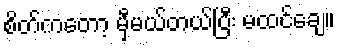
စိတ်ကတော့ မှီမယ်တယ်ပြီး မထင်ချေ။